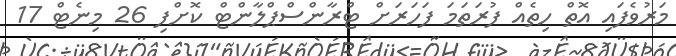
މަރުވެފައި އޮތް ހިތެއް ފުރަތަމަ ފަހަރަށް ޓްރާންސްޕްލާންޓް ކޮށްފި 26 މިނެޓް 17